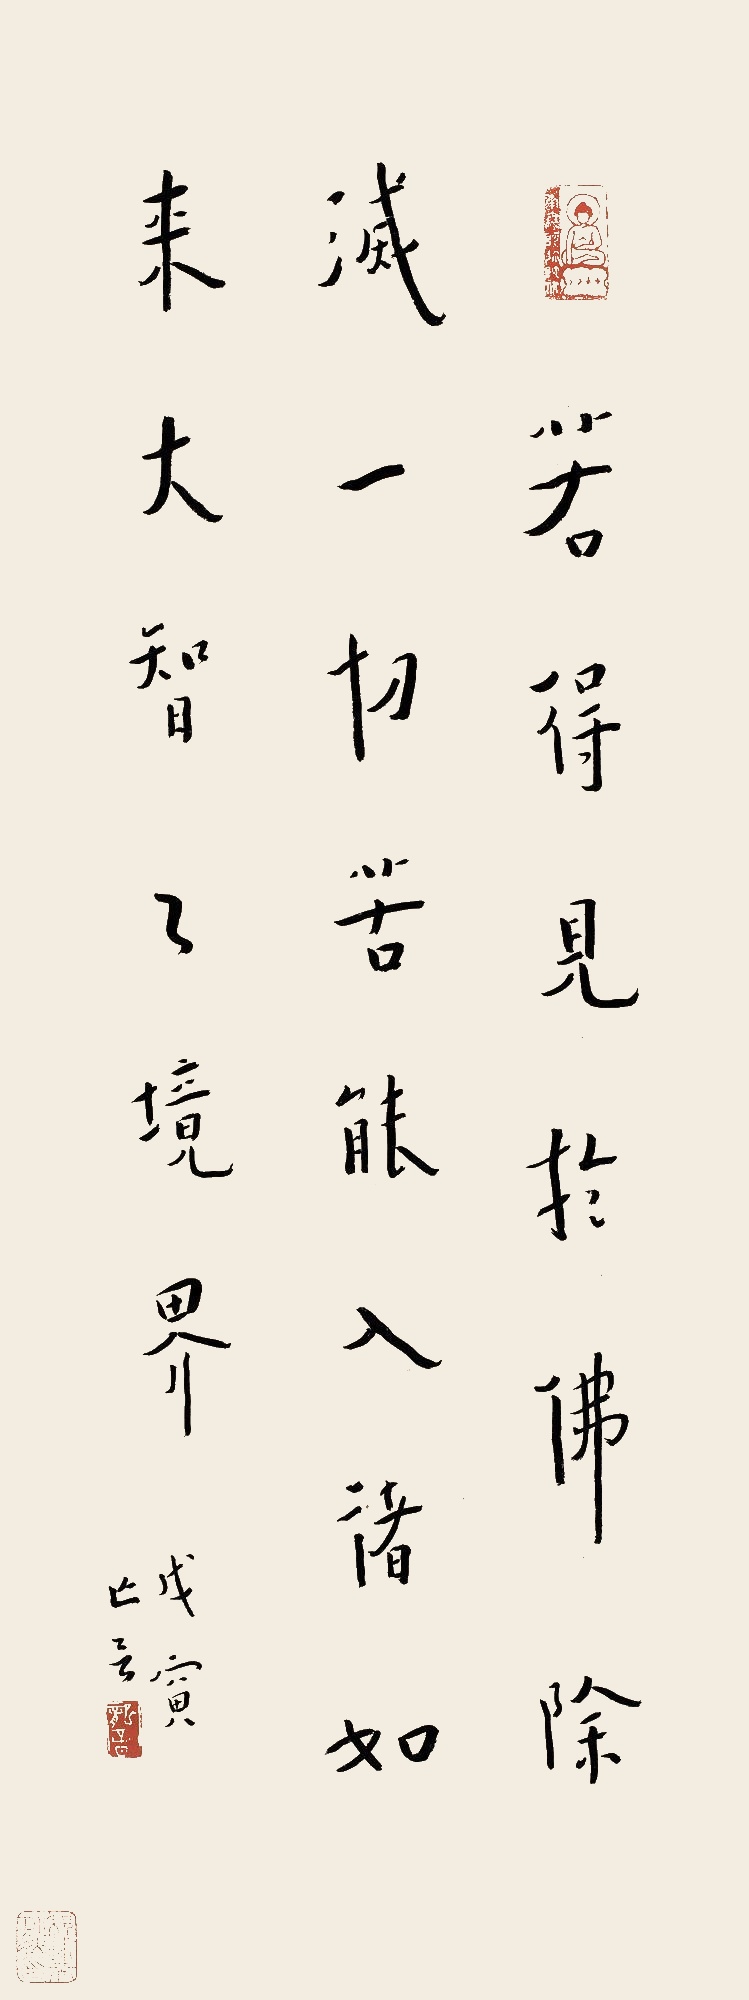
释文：若得见于佛，除灭一切苦。能入诸如来，大智之境界。戊寅，亡言。